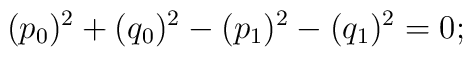
(p_0)^2 + (q_0)^2 - (p_1)^2 - (q_1)^2 =0;